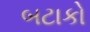
બટાકો